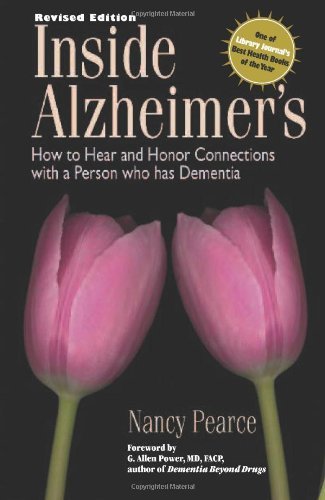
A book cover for By Nancy Pearce Inside Alzheimer's: How to hear and Honor Connections with a Person who has Dementia (2nd Revised); Health, Fitness & Dieting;